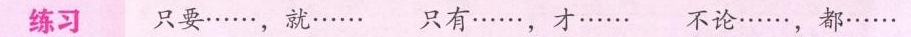
练习 只要……，就…… 只有……，才…… 不论……，都……